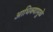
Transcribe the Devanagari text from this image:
आधिक्यामुळे